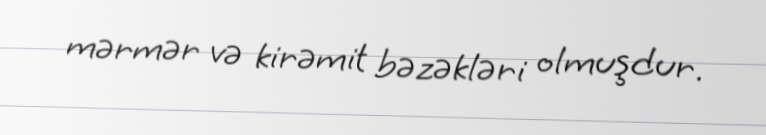
mərmər və kirəmit bəzəkləri olmuşdur.